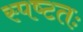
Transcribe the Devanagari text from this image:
स्पष्‍टतः